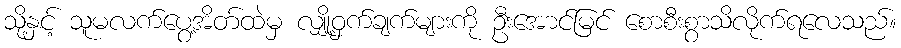
သို့နှင့် သူမလက်ပွေ့အိတ်ထဲမှ လျှို့ဝှက်ချက်များကို ဦးအောင်မြင် စောစီးစွာသိလိုက်ရလေသည်။